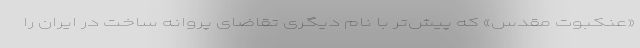
«عنکبوت مقدس» که پیش‌تر با نام دیگری تقاضای پروانه ساخت در ایران را